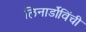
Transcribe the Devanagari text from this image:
लिनार्डोविंची